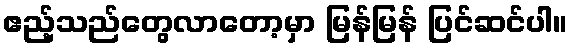
ဧည့်သည်တွေလာတော့မှာ မြန်မြန် ပြင်ဆင်ပါ။